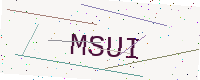
Text: MSUI